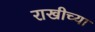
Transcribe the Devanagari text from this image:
राखीच्या